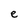
Character: e